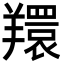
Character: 𦏖